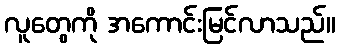
လူတွေကို အကောင်းမြင်လာသည်။